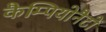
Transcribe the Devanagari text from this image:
कैम्पियोनैटो